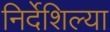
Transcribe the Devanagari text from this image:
निर्देशिल्या